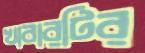
খাবারটির